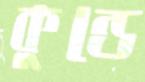
কুন্ডে